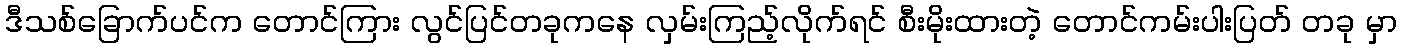
ဒီသစ်ခြောက်ပင်က တောင်ကြား လွင်ပြင်တခုကနေ လှမ်းကြည့်လိုက်ရင် စီးမိုးထားတဲ့ တောင်ကမ်းပါးပြတ် တခု မှာ